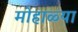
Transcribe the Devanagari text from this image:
मोहाळ्या